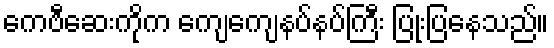
ကေဗီဆေးကိုက ကျေကျေနပ်နပ်ကြီး ပြုံးပြနေသည်။